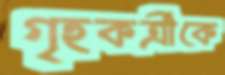
গৃহকর্ত্রীকে